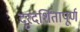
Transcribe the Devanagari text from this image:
दूरदर्शितापूर्ण